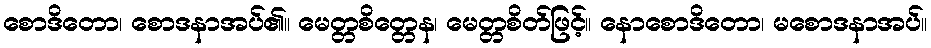
စောဒိတော၊ စောဒနာအပ်၏။ မေတ္တစိတ္တေန၊ မေတ္တစိတ်ဖြင့်။ နောစောဒိတော၊ မစောဒနာအပ်။